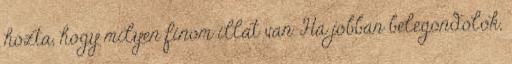
hozta, hogy milyen finom illat van. Ha jobban belegondolok,